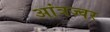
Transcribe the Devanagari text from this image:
आंत्रज्वर